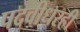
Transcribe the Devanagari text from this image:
पदवीधरही